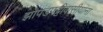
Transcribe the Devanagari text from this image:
झोपडपट्टीवासीयांना